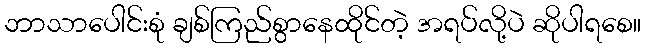
ဘာသာပေါင်းစုံ ချစ်ကြည်စွာနေထိုင်တဲ့ အရပ်လို့ပဲ ဆိုပါရစေ။